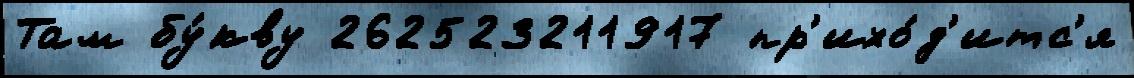
Там бу́кву 262523211917 пр'ихо́д'итс'я